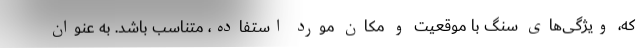
که، ويژگی‌های سنگ با موقعیت و مکان مورد استفاده، متناسب باشد. به عنوان